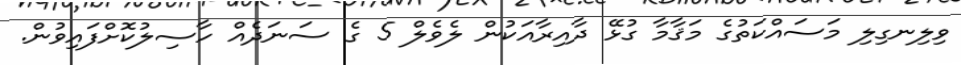
ވިލިނގިލި މަސައްކަތުގެ މަޤާމާ ގުޅޭ ދާއިރާއަކުން ލެވެލް 5 ގެ ސަނަދެއް ހާސިލުކޮށްފައިވުން.